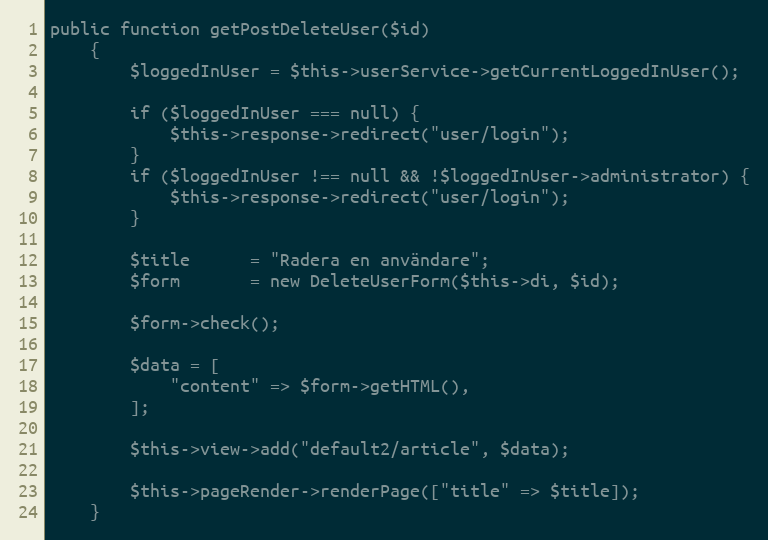
Language: PHP
public function getPostDeleteUser($id)
    {
        $loggedInUser = $this->userService->getCurrentLoggedInUser();

        if ($loggedInUser === null) {
            $this->response->redirect("user/login");
        }
        if ($loggedInUser !== null && !$loggedInUser->administrator) {
            $this->response->redirect("user/login");
        }

        $title      = "Radera en användare";
        $form       = new DeleteUserForm($this->di, $id);

        $form->check();

        $data = [
            "content" => $form->getHTML(),
        ];

        $this->view->add("default2/article", $data);

        $this->pageRender->renderPage(["title" => $title]);
    }